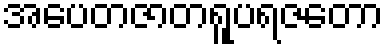
အပေတဇာတရူပရဇတော